Report of the Indian Hemp Drugs Commission, 1894-1895 - Volume IV
Year: 1894
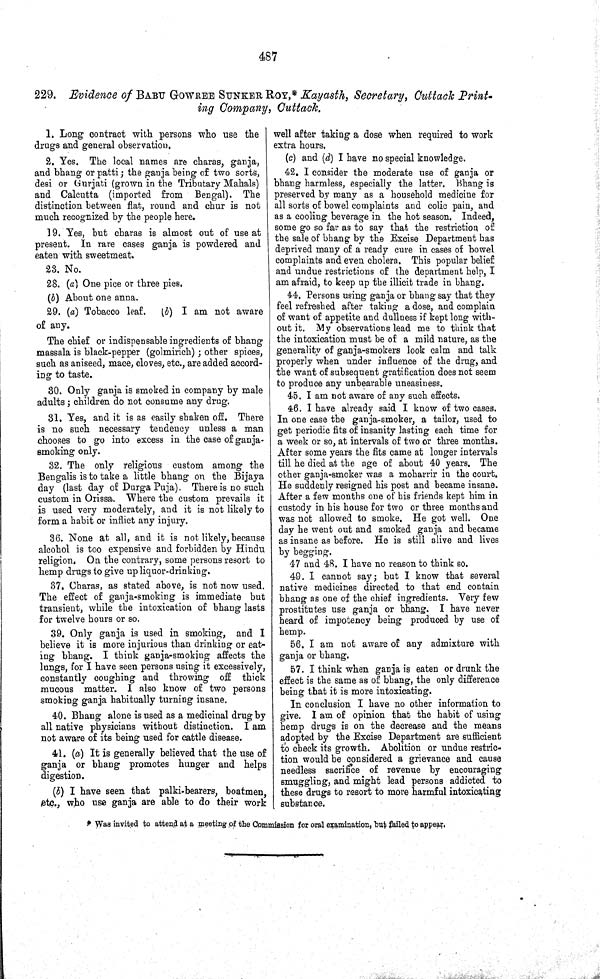
487
229. Evidence of BABU GOWREE SUNKER ROY,* Kayasth, Secretary, Cuttack Print-
ing Company, Cuttack.
1. Long contract with persons who use the
drugs and general observation.
2. Yes. The local names are charas, ganja,
and bhang or patti; the ganja being of two sorts,
desi or Gurjati (grown in the Tributary Mahals)
and Calcutta (imported from Bengal). The
distinction between flat, round and chur is not
much recognized by the people here.
19. Yes, but charas is almost out of use at
present. In rare cases ganja is powdered and
eaten with sweetmeat.
23. No.
28. (a) One pice or three pies.
(b) About one anna.
29. (a) Tobacco leaf. (b) I am not aware
of any.
The chief or indispensable ingredients of bhang
massala is black-pepper (golmirich); other spices,
such as aniseed, mace, cloves, etc., are added accord-
ing to taste.
30. Only ganja is smoked in company by male
adults; children do not consume any drug.
31. Yes, and it is as easily shaken off. There
is no such necessary tendency unless a man
chooses to go into excess in the case of ganja-
smoking only.
32. The only religious custom among the
Bengalis is to take a little bhang on the Bijaya
day (last day of Durga Puja). There is no such
custom in Orissa. Where the custom prevails it
is used very moderately, and it is not likely to
form a habit or inflict any injury.
36. None at all, and it is not likely, because
alcohol is too expensive and forbidden by Hindu
religion. On the contrary, some persons resort to
hemp drugs to give up liquor-drinking.
37. Charas, as stated above, is not now used.
The effect of ganja-smoking is immediate but
transient, while the intoxication of bhang lasts
for twelve hours or so.
39. Only ganja is used in smoking, and I
believe it is more injurious than drinking or eat-
ing bhang. I think ganja-smoking affects the
lungs, for I have seen persons using it excessively,
constantly coughing and throwing off thick
mucous matter. I also know of two persons
smoking ganja habitually turning insane.
40. Bhang alone is used as a medicinal drug by
all native physicians without distinction. I am
not aware of its being used for cattle disease.
41. (a) It is generally believed that the use of
ganja or bhang promotes hunger and helps
digestion.
(b) I have seen that palki-bearers, boatmen,
etc., who use ganja are able to do their work
well after taking a dose when required to work
extra hours.
(c) and (d) I have no special knowledge.
42. I consider the moderate use of ganja or
bhang harmless, especially the latter. Bhang is
preserved by many as a household medicine for
all sorts of bowel complaints and colic pain, and
as a cooling beverage in the hot season. Indeed,
some go so far as to say that the restriction of
the sale of bhang by the Excise Department has
deprived many of a ready cure in cases of bowel
complaints and even cholera. This popular belief
and undue restrictions of the department help, I
am afraid, to keep up the illicit trade in bhang.
44. Persons using ganja or bhang say that they
feel refreshed after taking a dose, and complain
of want of appetite and dullness if kept long with-
out it. My observations lead me to think that
the intoxication must be of a mild nature, as the
generality of ganja-smokers look calm and talk
properly when under influence of the drug, and
the want of subsequent gratification does not seem
to produce any unbearable uneasiness.
45. I am not aware of any such effects.
46. I have already said I know of two cases.
In one case the ganja-smoker, a tailor, used to
get periodic fits of insanity lasting each time for
a week or so, at intervals of two or three months.
After some years the fits came at longer intervals
till he died at the age of about 40 years. The
other ganja-smoker was a moharrir in the court.
He suddenly resigned his post and became insane.
After a few months one of his friends kept him in
custody in his house for two or three months and
was not allowed to smoke. He got well. One
day he went out and smoked ganja and became
as insane as before. He is still alive and lives
by begging.
47 and 48. I have no reason to think so.
49. I cannot say; but I know that several
native medicines directed to that end contain
bhang as one of the chief ingredients. Very few
prostitutes use ganja or bhang. I have never
heard of impotency being produced by use of
hemp.
56. I am not aware of any admixture with
ganja or bhang.
57. I think when ganja is eaten or drunk the
effect is the same as of bhang, the only difference
being that it is more intoxicating.
In conclusion I have no other information to
give. I am of opinion that the habit of using
hemp drugs is on the decrease and the means
adopted by the Excise Department are sufficient
to check its growth. Abolition or undue restric-
tion would be considered a grievance and cause
needless sacrifice of revenue by encouraging
smuggling, and might lead persons addicted to
these drugs to resort to more harmful intoxicating
substance.
* Was invited to attend at a meeting of the Commission for oral examination, but failed to appear.